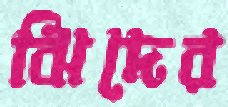
ঝিদের